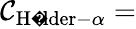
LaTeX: {\mathcal{C}}_{{\mathrm{H�lder}}-\alpha}=